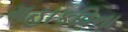
મહાકવિના